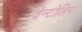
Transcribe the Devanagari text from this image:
वेन्टोलिन